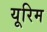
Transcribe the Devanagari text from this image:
यूरिम